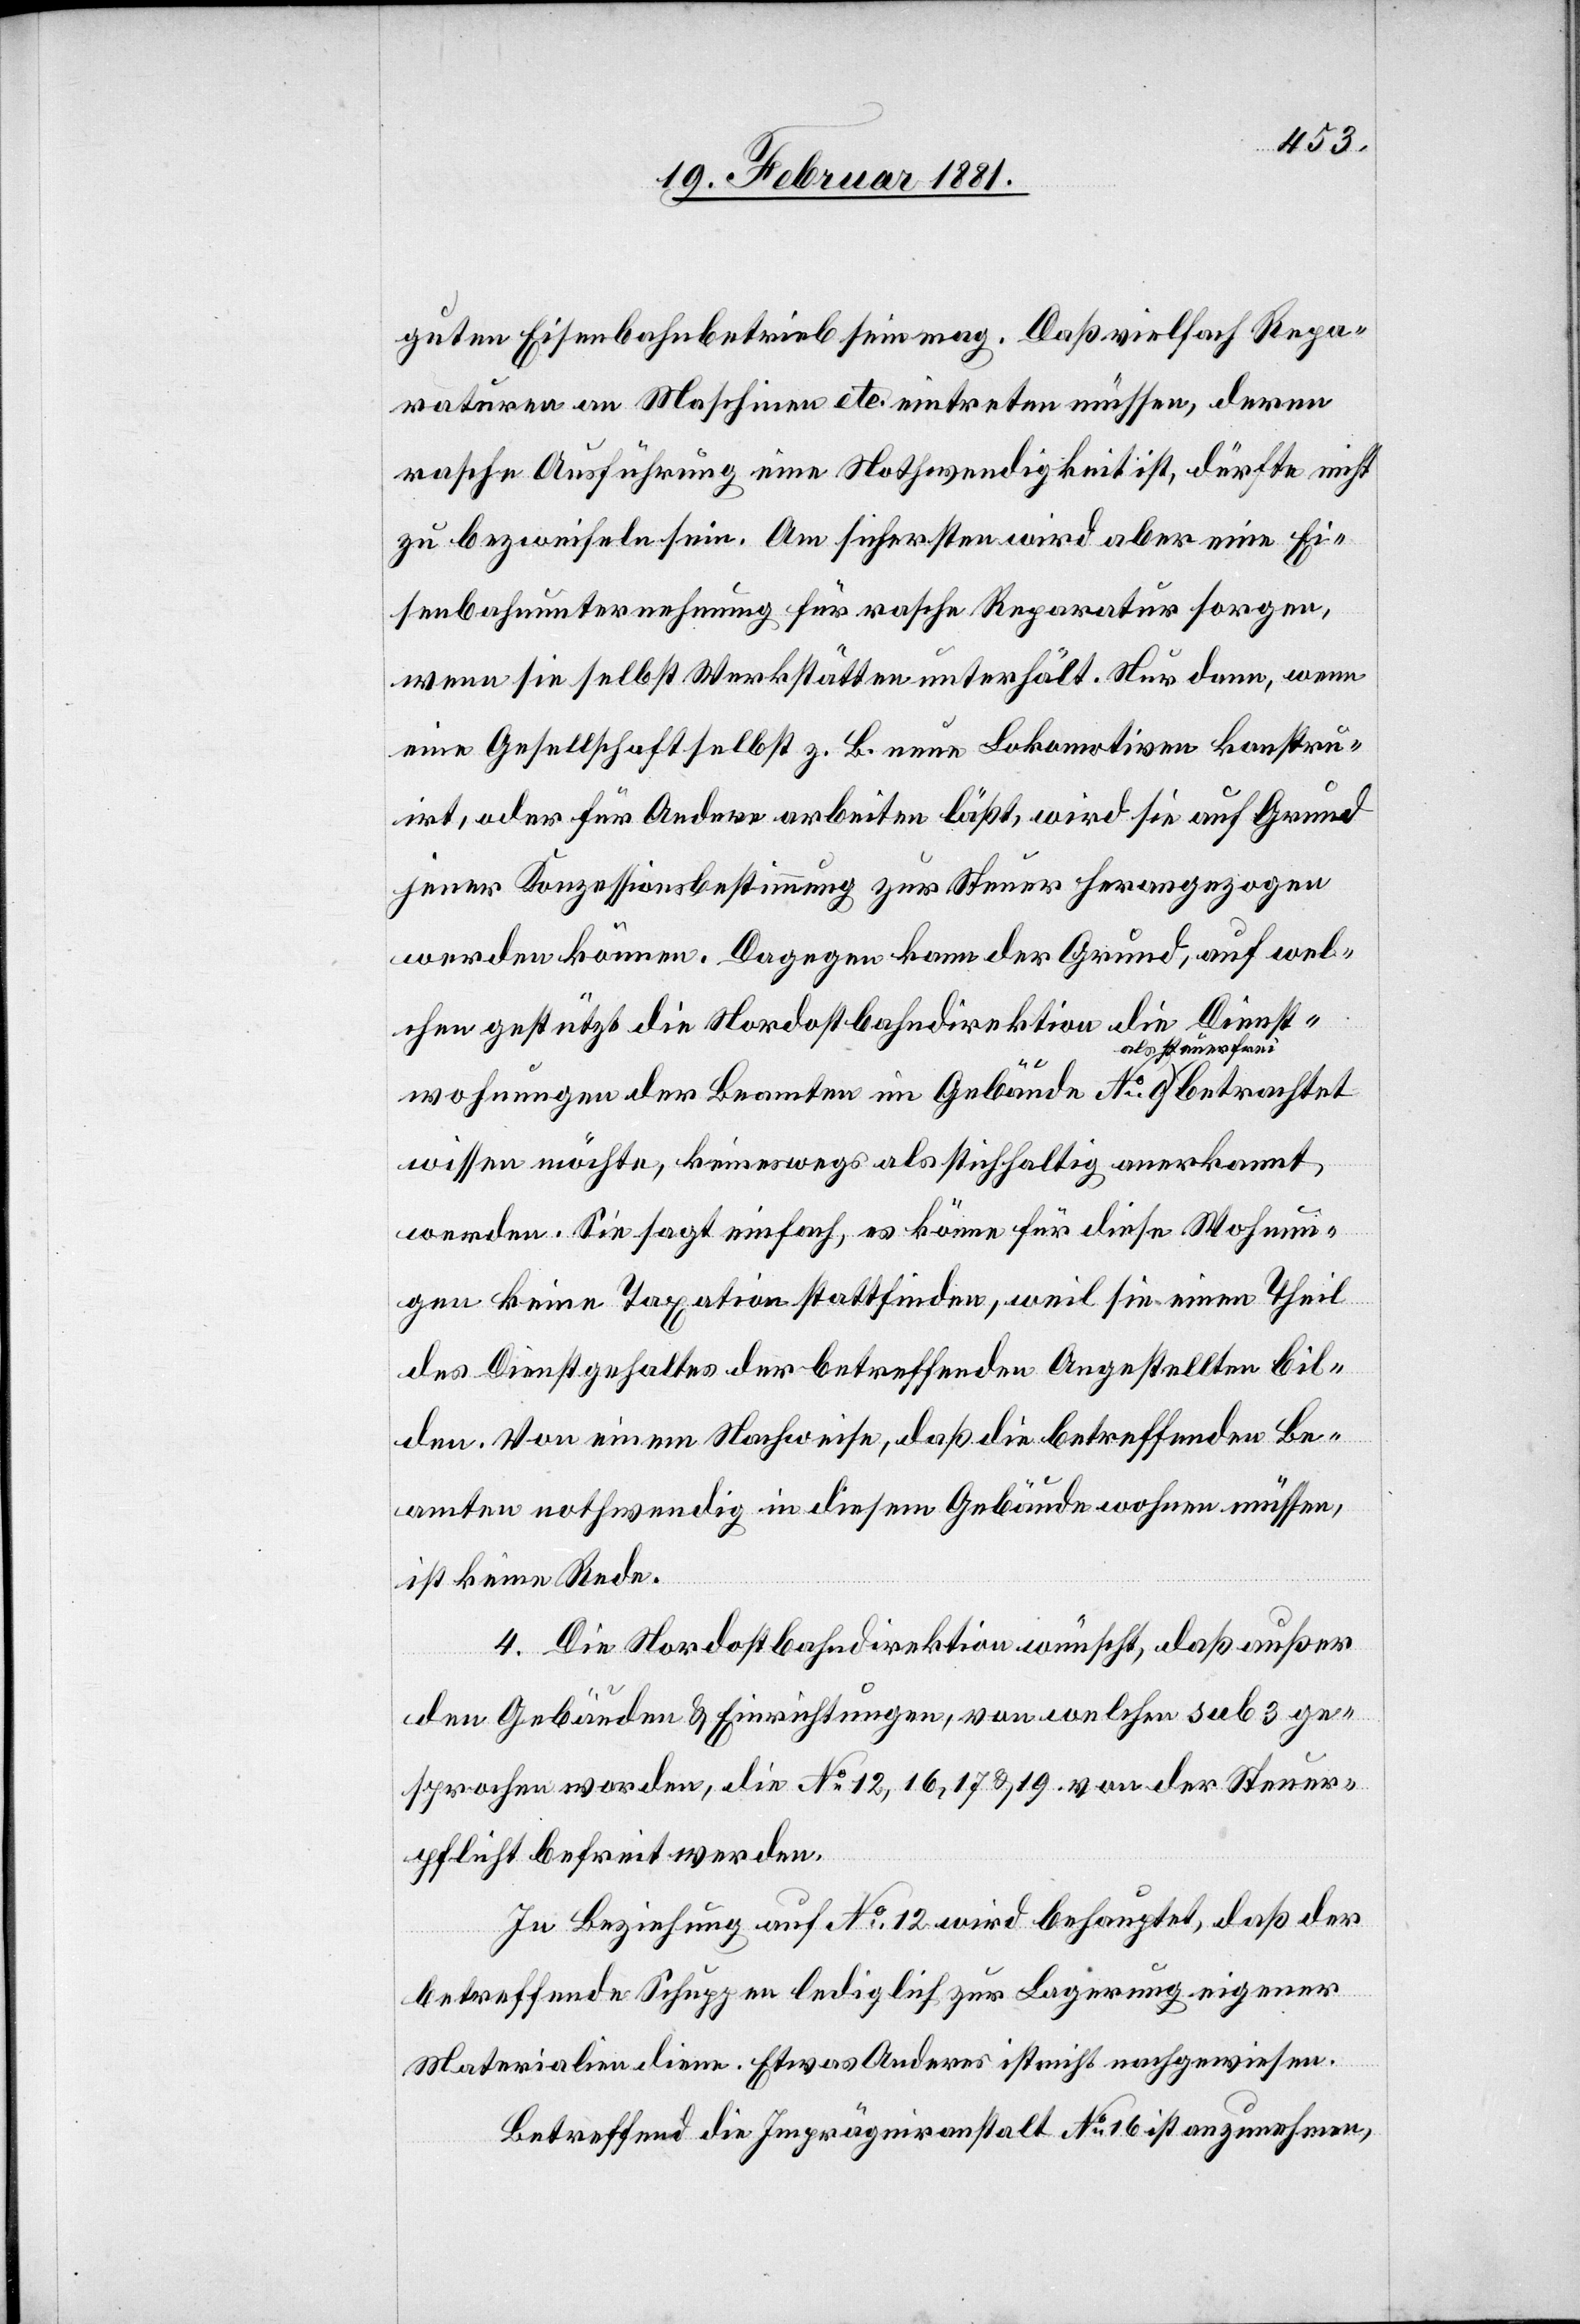
guten Eisenbahnbetrieb sein mag. Daß vielfach Repa¬
raturen an Maschinen etc. eintreten müssen, deren
rasche Ausführung eine Nothwendigkeit ist, dürfte nicht
zu bezweifeln sein. Am sichersten wird aber eine Ei¬
senbahnunternehmung für rasche Reparatur sorgen,
wenn sie selbst Werkstätten unterhält. Nur dann, wenn
eine Gesellschaft selbst z. B. neue Lokomotiven konstru¬
irt, oder für Andere arbeiten läßt, wird sie auf Grund
jener Konzessionsbestimmung zur Steuer herangezogen
werden können. Dagegen kann der Grund, auf wel¬
chen gestützt die Nordostbahndirektion die Dienst¬
wohnungen der Beamten im Gebäude No 9 als steuerfrei betrachtet
wissen möchte, keineswegs als stichhaltig anerkannt
werden. Sie sagt einfach, es könne für diese Wohnun¬
gen keine Taxationen stattfinden, weil sie einen Theil
des Dienstgehaltes der betreffenden Angestellten bil¬
den. Von einem Nachweise, daß die betreffenden Be¬
amten nothwendig in diesem Gebäude wohnen müssen,
ist keine Rede.
4. Die Nordostbahndirektion wünscht, daß außer
den Gebäuden & Einrichtungen, von welchen sub. 3 ge¬
sprochen worden, die No 12, 16, 17 & 19 von der Steuer¬
pflicht befreit werden.
In Beziehung auf No 12 wird behauptet, daß der
betreffende Schuppen lediglich zur Lagerung eigener
Materialien diene. Etwas Anderes ist nicht nachgewiesen.
Betreffend die Imprägniranstalt No 16 ist anzunehmen,